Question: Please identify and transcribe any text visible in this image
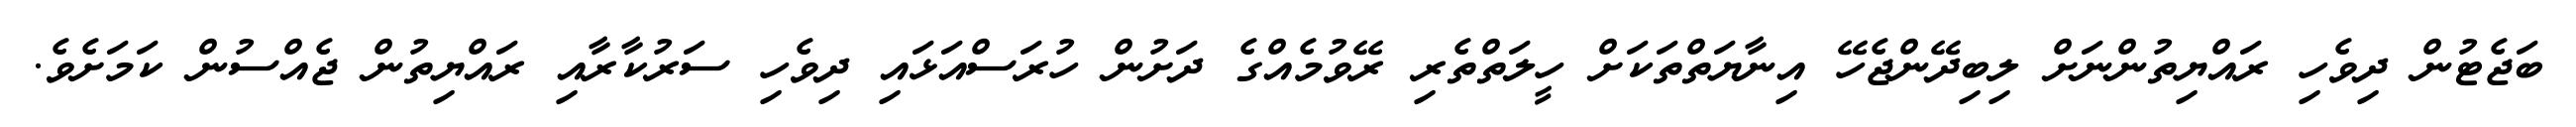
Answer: ބަޖެޓުން ދިވެހި ރައްޔިތުންނަށް ލިބިދޭންޖެހޭ އިނާޔަތްތަކަށް ހީލަތްތެރި ރޭވުމެއްގެ ދަށުން ހުރަސްއަޅައި ދިވެހި ސަރުކާރާއި ރައްޔިތުން ޖެއްސުން ކަމަށެވެ.